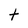
Character: t